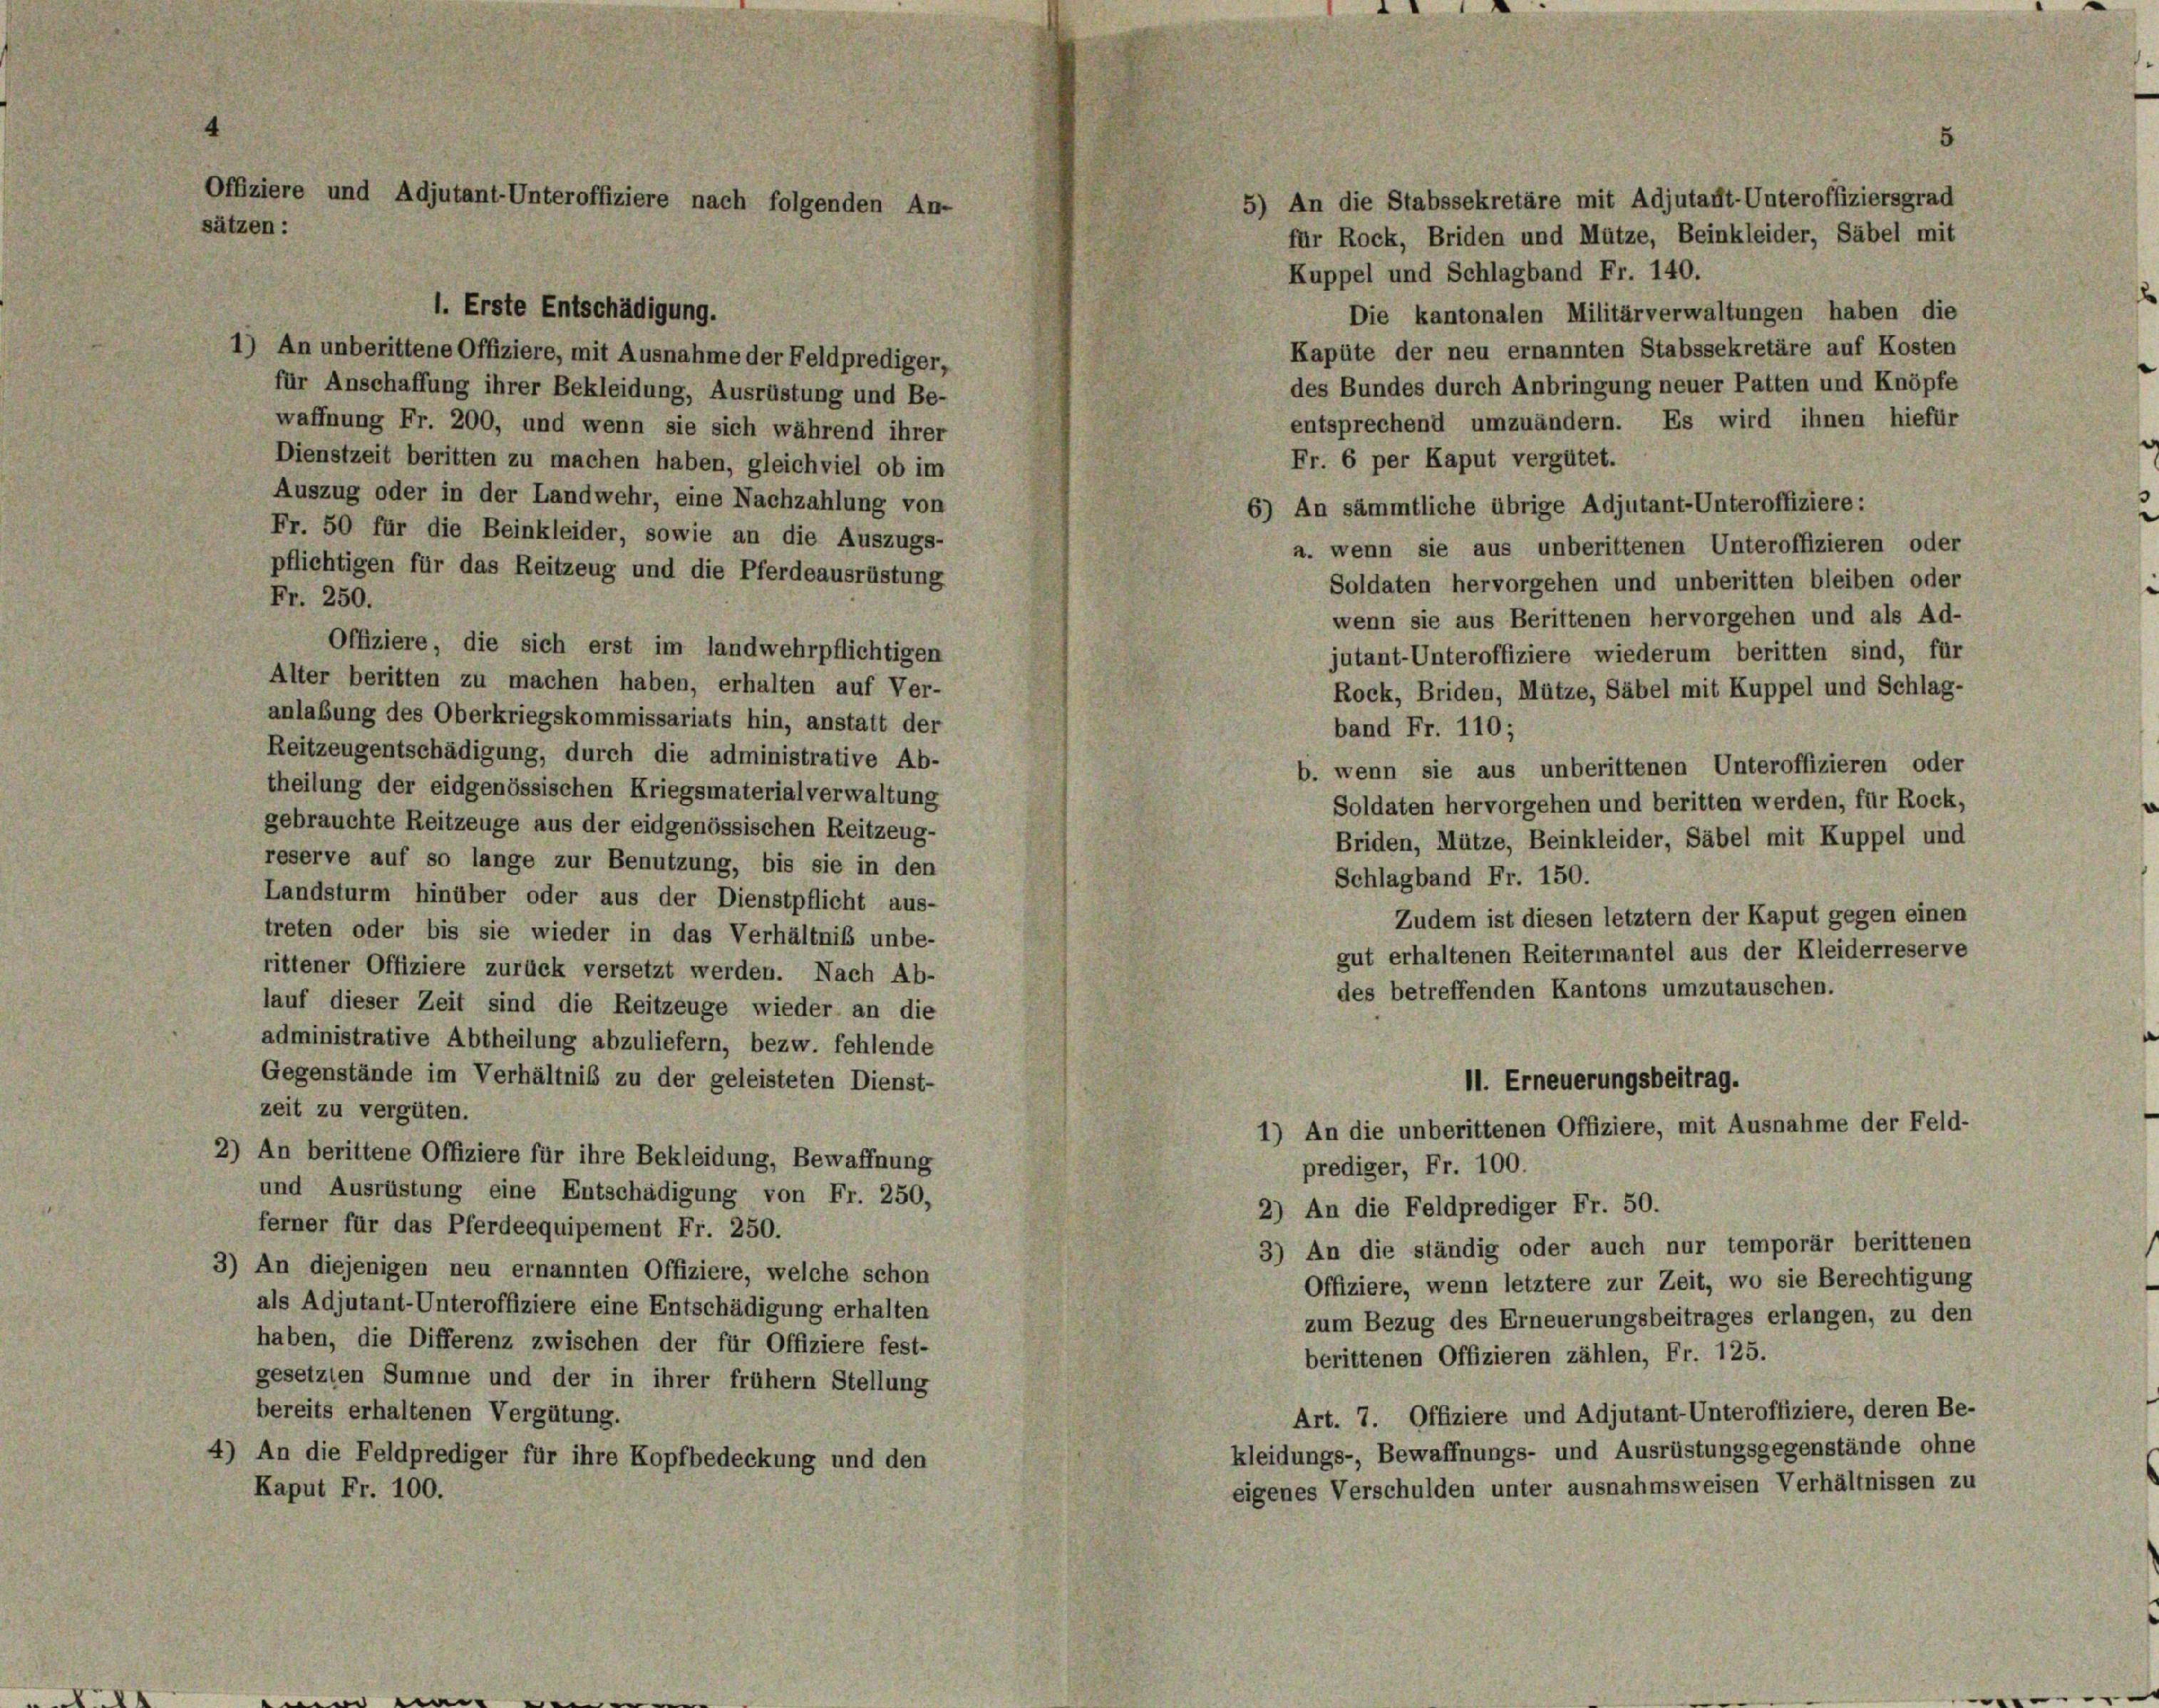
Offiziere und Adjutant-Unteroffiziere nach folgenden An-
sätzen:

1. Erste Entschädigung.

5) An die Stabssekretäre mit Adjutant-Unteroffiziersgrad
für Rock, Briden und Mütze, Beinkleider, Säbel mit
Kuppel und Schlagband Fr. 140.
Die kantonalen Militärverwaltungen haben die
Kapüte der neu ernannten Stabssekretäre auf Kosten
1) An unberittene Offiziere, mit Ausnahme der Feldprediger,
des Bundes durch Anbringung neuer Patten und Knöpfe
für Anschaffung ihrer Bekleidung, Ausrüstung und Be-
entsprechend umzuändern. Es wird ihnen hiefür
waffnung Fr. 200, und wenn sie sich während ihrer
Fr. 6 per Kaput vergütet.
Dienstzeit beritten zu machen haben, gleichviel ob im
Auszug oder in der Landwehr, eine Nachzahlung von
6) An sämmtliche übrige Adjutant-Unteroffiziere:
Fr. 50 für die Beinkleider, sowie an die Auszugs-
a. wenn sie aus unberittenen Unteroffizieren oder
pflichtigen für das Reitzeug und die Pferdeausrüstung
Soldaten hervorgehen und unberitten bleiben oder
Fr. 250.
wenn sie aus Berittenen hervorgehen und als Ad-
Offiziere, die sich erst im landwehrpflichtigen
jutant-Unteroffiziere wiederum beritten sind, für
Alter beritten zu machen haben, erhalten auf Ver-
Rock, Briden, Mütze, Säbel mit Kuppel und Schlag-
anlaßung des Oberkriegskommissariats hin, anstatt der
band Fr. 110;
Reitzeugentschädigung, durch die administrative Ab-
b. wenn sie aus unberittenen Unteroffizieren oder
theilung der eidgenössischen Kriegsmaterialverwaltung
Soldaten hervorgehen und beritten werden, für Rock,
gebrauchte Reitzeuge aus der eidgenössischen Reitzeug-
Briden, Mütze, Beinkleider, Säbel mit Kuppel und
reserve auf so lange zur Benutzung, bis sie in den
Schlagband Fr. 150.
Landsturm hinüber oder aus der Dienstpflicht aus-
Zudem ist diesen letztem der Kaput gegen einen
treten oder bis sie wieder in das Verhältniß unbe-
gut erhaltenen Reitermantel aus der Kleiderreserve
rittener Offiziere zurück versetzt werden. Nach Ab-
des betreffenden Kantons umzutauschen.
lauf dieser Zeit sind die Reitzeuge wieder an die
administrative Abtheilung abzuliefern, bezw. fehlende
Gegenstände im Verhältnis zu der geleisteten Dienst-
11. Erneuerungsbeitrag.
zeit zu vergüten.
1) An die unberittenen Offiziere, mit Ausnahme der Feld-
2) An berittene Offiziere für ihre Bekleidung, Bewaffnung
prediger, Fr. 100.
und Ausrüstung eine Entschädigung von Fr. 250,
2) An die Feldprediger Fr. 50.
ferner für das Pferdeequipement Fr. 250.
3) An die ständig oder auch nur temporär berittenen
3) An diejenigen neu ernannten Offiziere, welche schon
Offiziere, wenn letztere zur Zeit, wo sie Berechtigung
als Adjutant-Unteroffiziere eine Entschädigung erhalten
zum Bezug des Erneuerungsbeitrages erlangen, zu den
haben, die Differenz zwischen der für Offiziere fest-
berittenen Offizieren zählen, Fr. 125.
gesetzten Summe und der in ihrer frühem Stellung
bereits erhaltenen Vergütung.
Art. 7. Offiziere und Adjutant-Unteroffiziere, deren Be-
kleidungs-, Bewaffnungs- und Ausrüstungsgegenstände ohne
4) An die Feldprediger für ihre Kopfbedeckung und den
eigenes Verschulden unter ausnahmsweisen Verhältnissen zu
Kaput Fr. 100.